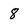
Character: 8